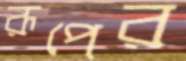
রূপের